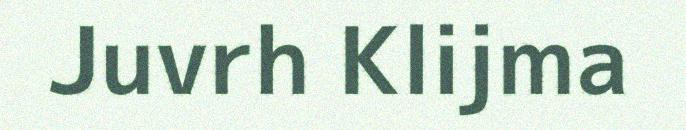
Juvrh Klijma